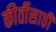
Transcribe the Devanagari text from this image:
कीर्तीसाठी